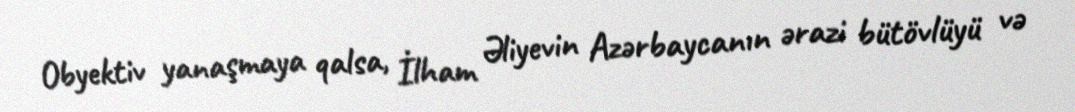
Obyektiv yanaşmaya qalsa, İlham Əliyevin Azərbaycanın ərazi bütövlüyü və